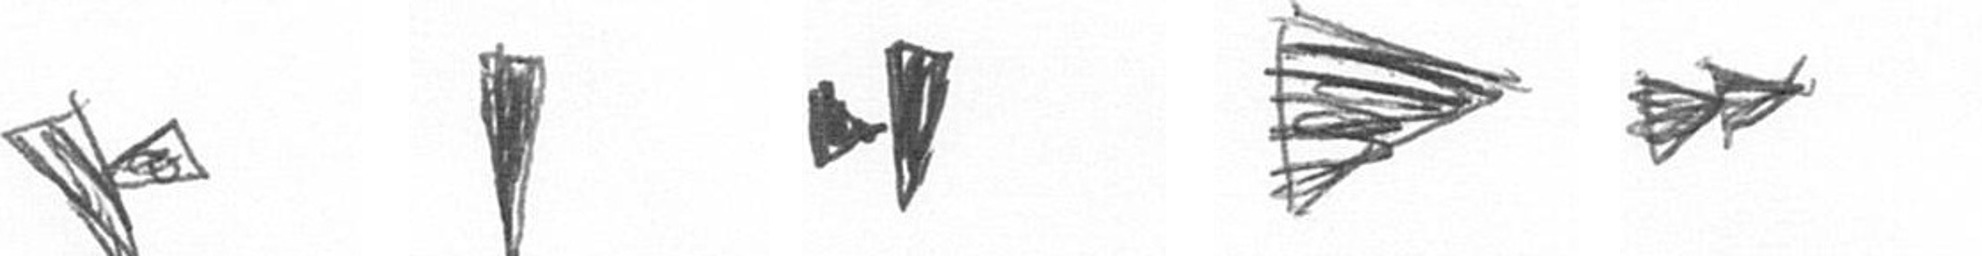
F J M T A